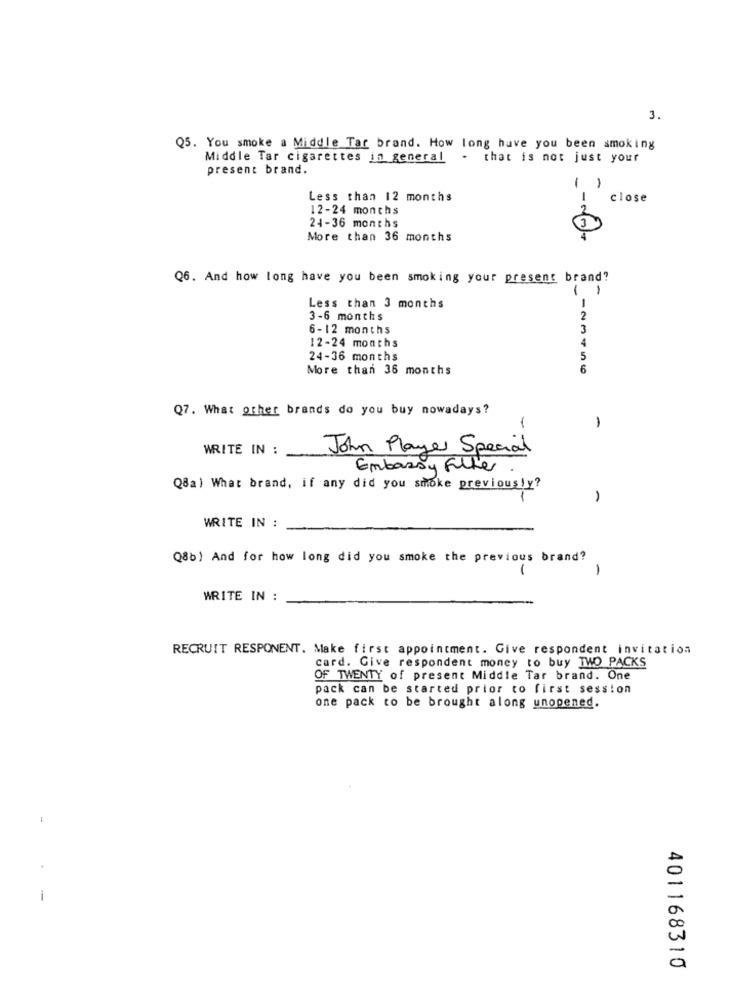
3.
Q5. You smoke a Middle Tar brand. How long have you been smoking
Middle Tar cigarettes in general
. that is not just your
present brand.
-
Less than 12 months
-
close
12-24 months
24-36 months
More than 36 months
Q6. And how long have you been smoking your present brand?
1
Less than 3 months
-
3-6 months
2
6-12 months
3
12-24 months
24-36 months
More than 36 months
Q7. What other brands do you buy nowadays?
-
1
WRITE IN :
John Player Special
Embassy Filter
Q8a) What brand, if any did you smoke previously?
WRITE IN :
Q8b) And for how long did you smoke the previous brand?
1
-
WRITE IN :
RECRUIT RESPONENT. Make first appointment. Give respondent invitation
card. Give respondent money to buy TWO PACKS
OF TWENTY of present Middle Tar brand. One
pack can be started prior to first session
one pack to be brought along unopened.
20
a
401168310